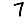
Digit: 7